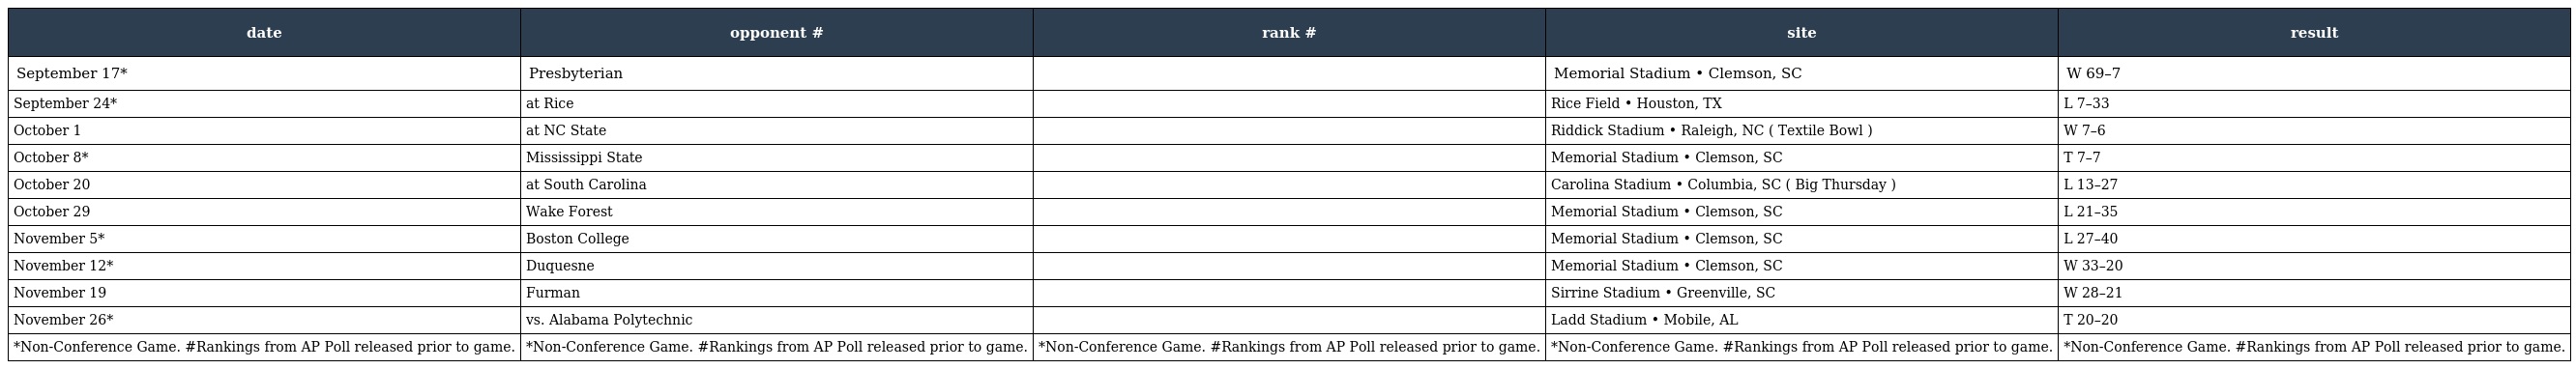
| date | opponent # | rank # | site | result |
 | --- | --- | --- | --- | --- |
 | September 17* | Presbyterian |  | Memorial Stadium • Clemson, SC | W 69–7 |
 | September 24* | at Rice |  | Rice Field • Houston, TX | L 7–33 |
 | October 1 | at NC State |  | Riddick Stadium • Raleigh, NC ( Textile Bowl ) | W 7–6 |
 | October 8* | Mississippi State |  | Memorial Stadium • Clemson, SC | T 7–7 |
 | October 20 | at South Carolina |  | Carolina Stadium • Columbia, SC ( Big Thursday ) | L 13–27 |
 | October 29 | Wake Forest |  | Memorial Stadium • Clemson, SC | L 21–35 |
 | November 5* | Boston College |  | Memorial Stadium • Clemson, SC | L 27–40 |
 | November 12* | Duquesne |  | Memorial Stadium • Clemson, SC | W 33–20 |
 | November 19 | Furman |  | Sirrine Stadium • Greenville, SC | W 28–21 |
 | November 26* | vs. Alabama Polytechnic |  | Ladd Stadium • Mobile, AL | T 20–20 |
 | *Non-Conference Game. #Rankings from AP Poll released prior to game. | *Non-Conference Game. #Rankings from AP Poll released prior to game. | *Non-Conference Game. #Rankings from AP Poll released prior to game. | *Non-Conference Game. #Rankings from AP Poll released prior to game. | *Non-Conference Game. #Rankings from AP Poll released prior to game. |